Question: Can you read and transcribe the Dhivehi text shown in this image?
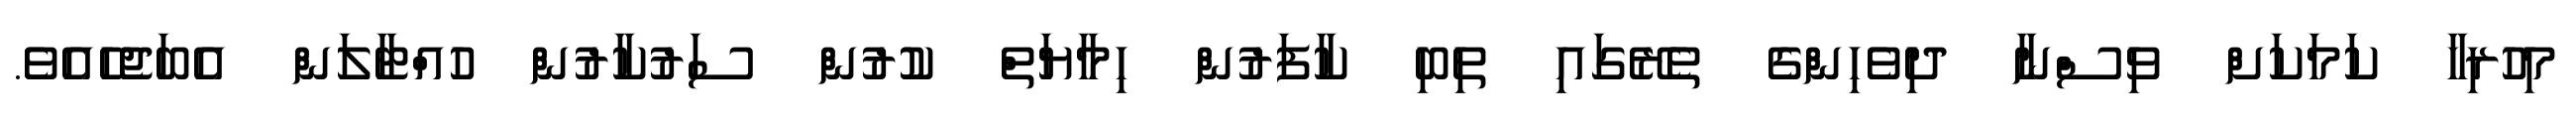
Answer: މިހުރިހާ ކަމަކަށް ވިސްނާ ދިވެހިންގެ ތެރޭގައި ތިބި ކާފަރުން ހިމާޔަތް ކުރުން ސަރުކާރުން ހުއްޓާލަން އެބަޖެހެއެވެ.